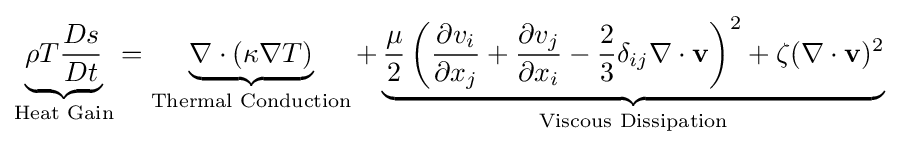
\underbrace {\rho T{Ds \over {Dt}}} _{\text{Heat Gain}}=\underbrace {\nabla \cdot (\kappa \nabla T)} _{\text{Thermal Conduction}}+\underbrace {{\mu  \over {2}}\left({\partial v_{i} \over {\partial x_{j}}}+{\partial v_{j} \over {\partial x_{i}}}-{2 \over {3}}\delta _{ij}\nabla \cdot {\bf {v}}\right)^{2}+\zeta (\nabla \cdot {\bf {v}})^{2}} _{\text{Viscous Dissipation}}